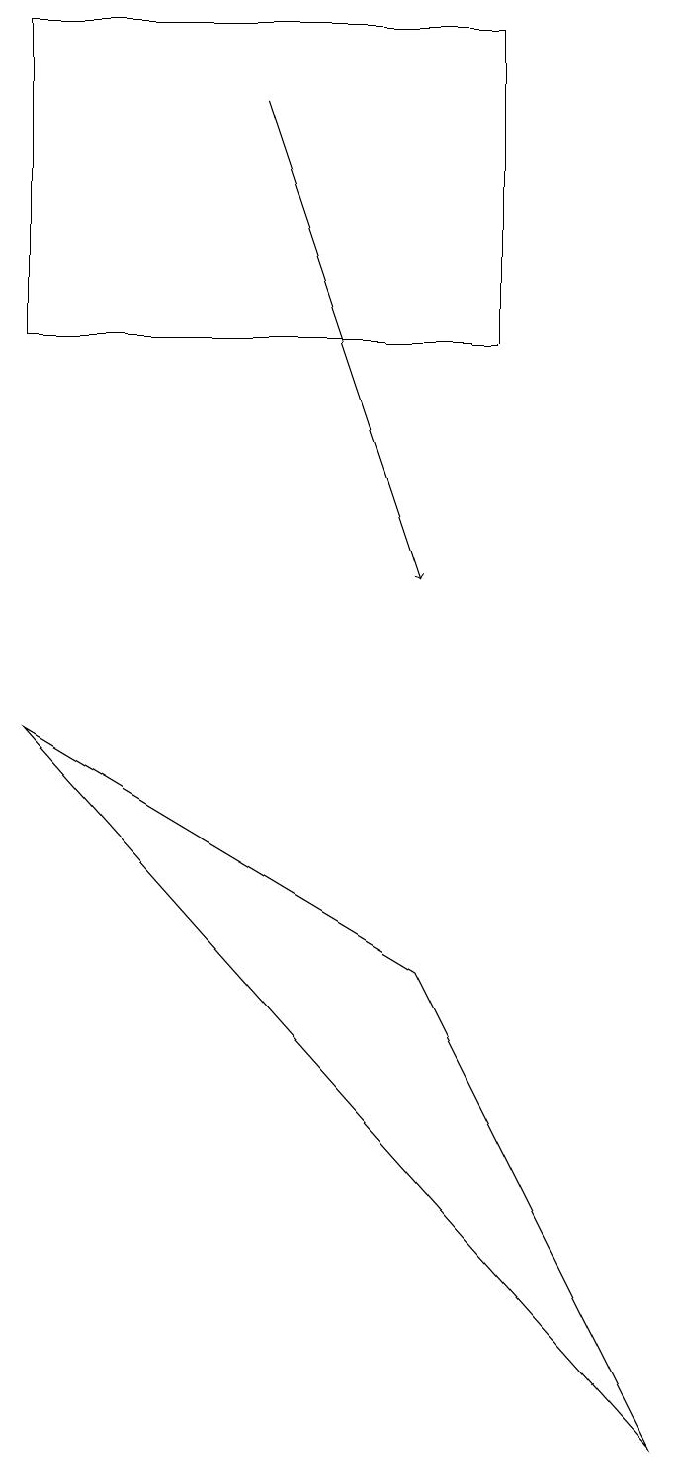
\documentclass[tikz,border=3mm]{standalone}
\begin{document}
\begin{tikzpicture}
\draw (6,6) -- (1,9) -- (9,0) -- cycle;
\draw[->] (4,17) -- (6,11);
\draw (1,18) rectangle (7,14);
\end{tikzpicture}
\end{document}